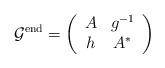
LaTeX: \begin{align*} \mathcal{G}^{\mathrm{end}} = \left( \begin{array}{cc}A&g^{-1}\\h& A^* \end{array}\right)\end{align*}